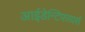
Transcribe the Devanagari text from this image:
आईडेन्टिफायर्स